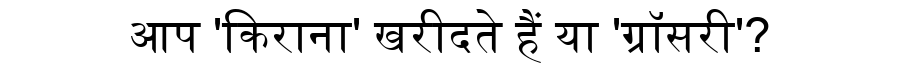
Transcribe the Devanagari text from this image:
आप 'किराना' खरीदते हैं या 'ग्रॉसरी'?